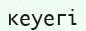
кеуегі